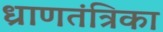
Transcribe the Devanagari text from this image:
ध्राणतंत्रिका